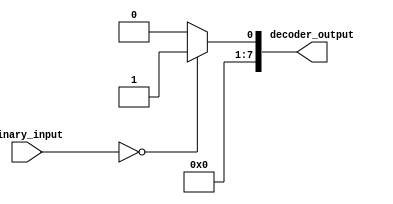
module binary_decoder #(parameter N=3) (
    input [N-1:0] binary_input,
    output reg [2**N-1:0] decoder_output
);

always @(*) begin
    case(binary_input)
        3'b000: decoder_output = 1'b0001;
        3'b001: decoder_output = 1'b0010;
        3'b010: decoder_output = 1'b0100;
        3'b011: decoder_output = 1'b1000;
        // Add more cases for larger N
        default: decoder_output = 1'b0000;
    endcase
end

endmodule